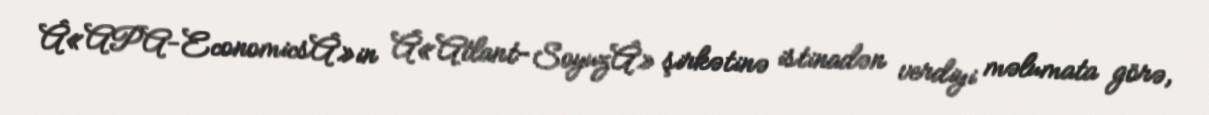
Â«APA-EconomicsÂ»in Â«Atlant-SoyuzÂ» şirkətinə istinadən verdiyi məlumata görə,